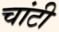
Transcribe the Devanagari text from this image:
चांटी